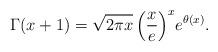
LaTeX: \begin{align*}\Gamma(x+1)=\sqrt{2\pi x}\,\Bigl(\frac{x}e\Bigr)^{x}e^{\theta(x)}.\end{align*}